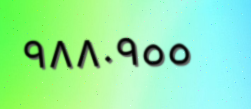
٩٨٨٠٩٥٥